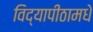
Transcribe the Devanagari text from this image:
विद्यापीठामधे